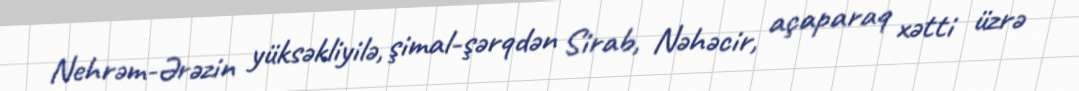
Nehrəm-Ərəzin yüksəkliyilə, şimal-şərqdən Sirab, Nəhəcir, açaparaq xətti üzrə